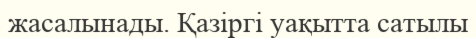
жасалынады. Қазіргі уақытта сатылы